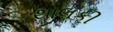
થાલકી